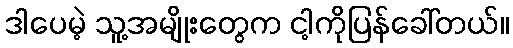
ဒါပေမဲ့ သူ့အမျိုးတွေက ငါ့ကိုပြန်ခေါ်တယ်။